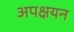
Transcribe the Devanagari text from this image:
अपक्षयन